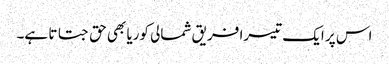
اس پر ایک تیسرا فریق شمالی کوریا بھی حق جتاتا ہے۔